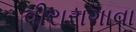
વીરારાગાવા